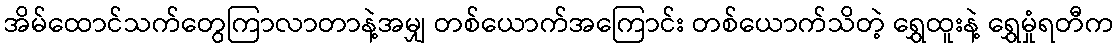
အိမ်ထောင်သက်တွေကြာလာတာနဲ့အမျှ တစ်ယောက်အကြောင်း တစ်ယောက်သိတဲ့ ရွှေထူးနဲ့ ရွှေမှုံရတီက